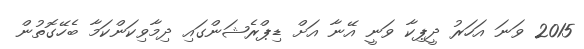
2015 ވަނަ އަހަރު ދީޕިކާ ވަނީ އޭނާ އަށް ޑިޕްރެޝަންގައި ދިމާވިކަންކަމާ ބެހޭގޮތުން